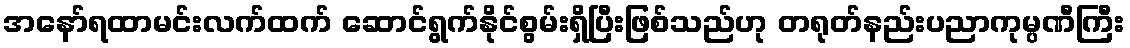
အနော်ရထာမင်းလက်ထက် ဆောင်ရွက်နိုင်စွမ်းရှိပြီးဖြစ်သည်ဟု တရုတ်နည်းပညာကုမ္ပဏီကြီး